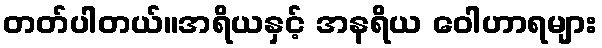
တတ်ပါတယ်။အရိယနှင့် အနရိယ ဝေါဟာရများ